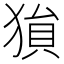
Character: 𪻅